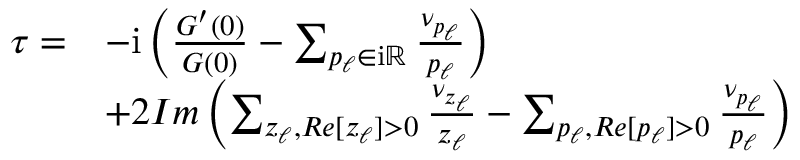
\begin{array} { r } { \begin{array} { r l } { \tau = } & { - \mathrm { i } \left( \frac { G ^ { \prime } ( 0 ) } { G ( 0 ) } - \sum _ { p _ { \ell } \in \mathrm { i } \mathbb { R } } \frac { \nu _ { p _ { \ell } } } { p _ { \ell } } \right) } \\ & { + 2 I m \left( \sum _ { z _ { \ell } , R e [ z _ { \ell } ] > 0 } \frac { \nu _ { z _ { \ell } } } { z _ { \ell } } - \sum _ { p _ { \ell } , R e [ p _ { \ell } ] > 0 } \frac { \nu _ { p _ { \ell } } } { p _ { \ell } } \right) } \end{array} } \end{array}